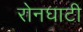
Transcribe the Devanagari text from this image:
रोनघाटी